Rangoon Lunatic Asylum 1898-1906 - 1898-1906
Year: 1898
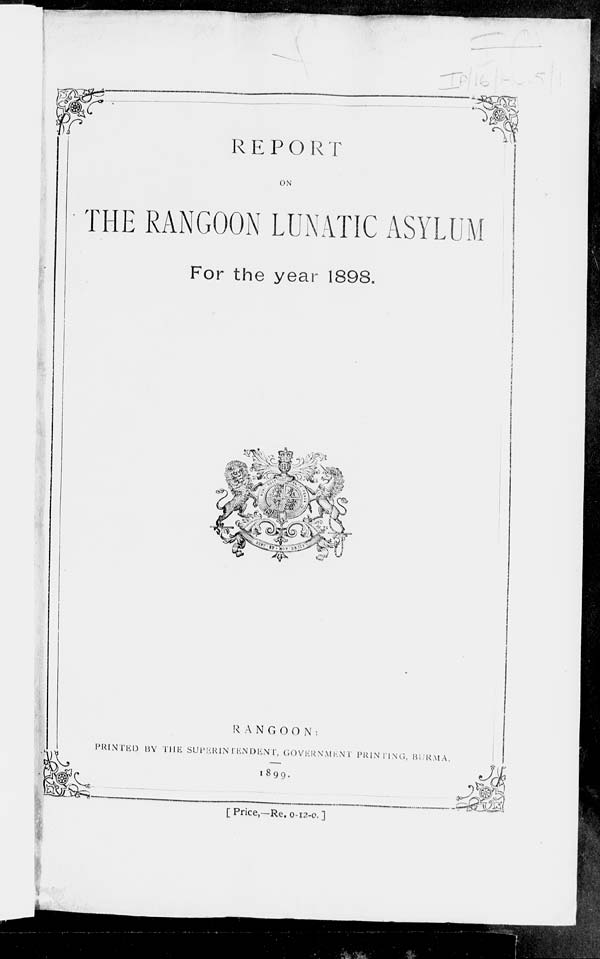
REPORT
ON
THE RANGOON LUNATIC ASYLUM
For the year 1898.
RANGOON:
PRINTED BY THE SUPERINTENDENT, GOVERNMENT
PRINTING, BURMA.
1899.
[Price,- Re. 0-12-0.]